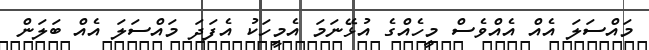
މައްސަލަ އެއް އެއްވެސް މީހެއްގެ އުޅޭނަމަ އެމީހަކު އެފަދަ މައްސަލަ އެއް ބަަލަން